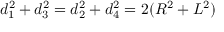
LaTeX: d _ { 1 } ^ { 2 } + d _ { 3 } ^ { 2 } = d _ { 2 } ^ { 2 } + d _ { 4 } ^ { 2 } = 2 ( R ^ { 2 } + L ^ { 2 } )